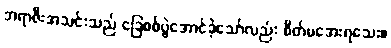
ဘရာဇီးအသင်းသည် ခြေစစ်ပွဲအောင်ခဲ့သော်လည်း စိတ်မအေးရသေး။